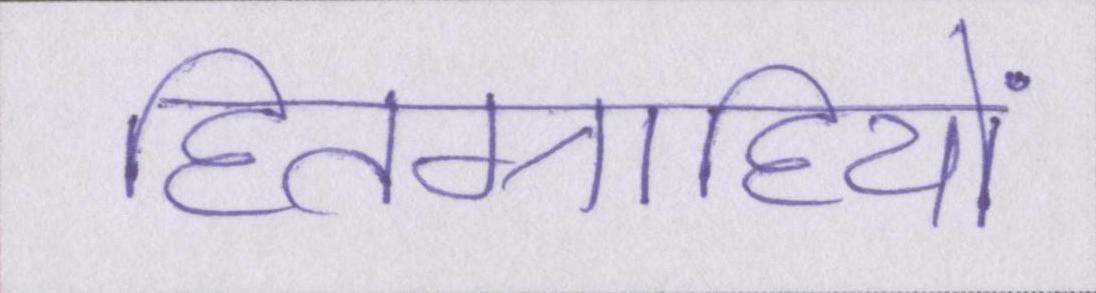
हितग्राहियों